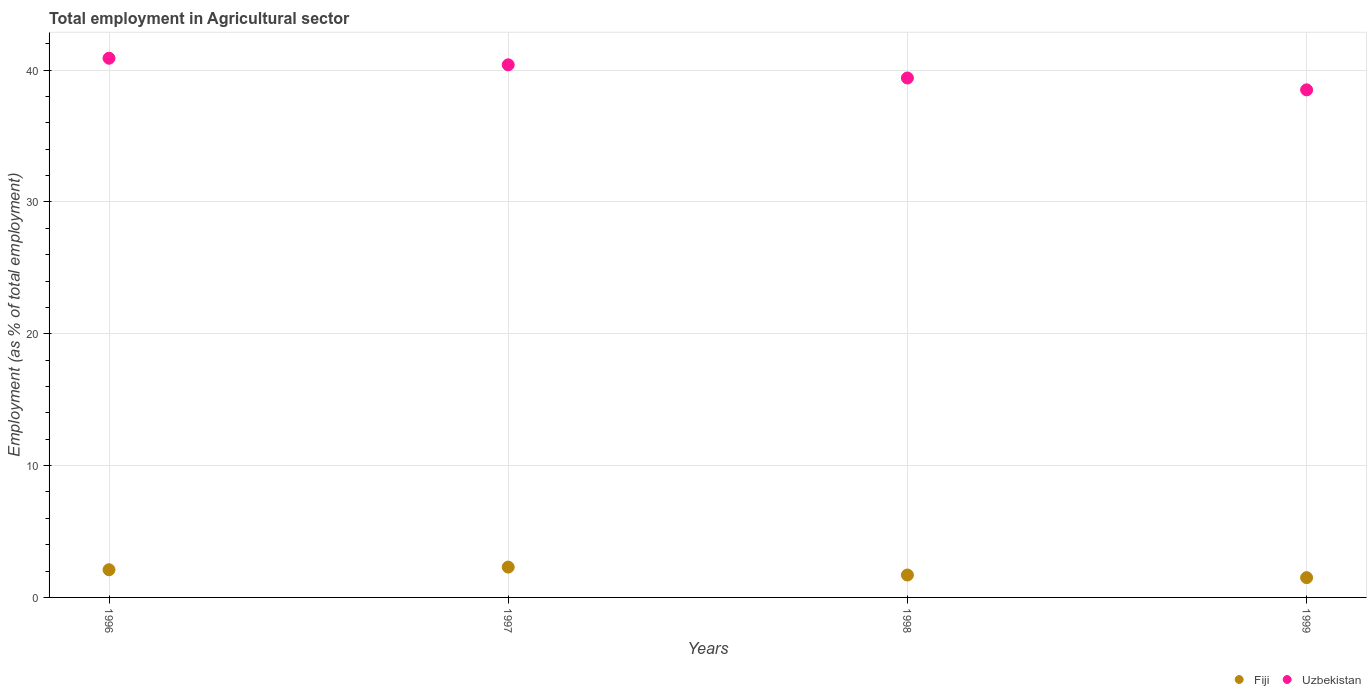
| Years | Fiji | Uzbekistan |
 | --- | --- | --- |
 | 1996 | 2.1 | 40.9 |
 | 1997 | 2.3 | 40.4 |
 | 1998 | 1.7 | 39.4 |
 | 1999 | 1.5 | 38.5 |